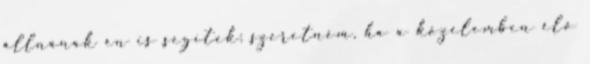
állnának én is segítek; szeretném, ha a közelemben élő